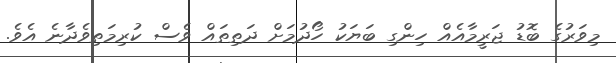
މިވަރުގެ ބޮޑު ޖަރީމާއެއް ހިންގި ބަޔަކު ހޯދުމަށް ދަތިތައް ވެސް ކުރިމަތިވެދާނެ އެވެ.